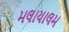
મલાયાલમ